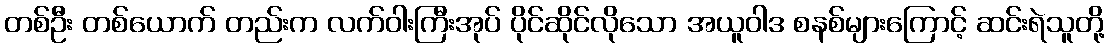
တစ်ဦး တစ်ယောက် တည်းက လက်ဝါးကြီးအုပ် ပိုင်ဆိုင်လိုသော အယူဝါဒ စနစ်များကြောင့် ဆင်းရဲသူတို့